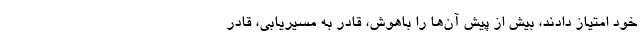
خود امتیاز دادند، بیش از پیش آن‌ها را باهوش، قادر به مسیریابی، قادر